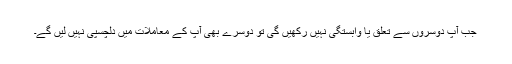
جب آپ دوسروں سے تعلق یا وابستگی نہیں رکھیں گی تو دوسرے بھی آپ کے معاملات میں دِلچسپی نہیں لیں گے۔